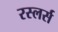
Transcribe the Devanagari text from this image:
रस्लर्स